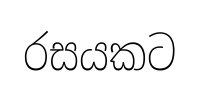
රසයකට